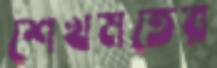
শেখমতের